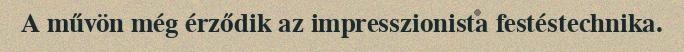
A művön még érződik az impresszionista festéstechnika.